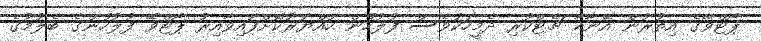
ޕޯޓްވޭގެ އިތުރުން އޭނާއާ ޗެޓްކުރި ދެމީހަކުވެސް ފުލުހުން ހައްޔަރުކޮށްފައިވާއިރު ޕޯޓްވޭ ފުލުހުންގެ ބެލުމުގެ